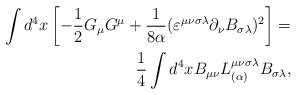
LaTeX: \begin{align*}\int d^{4} x \left[ - \frac{1}{2} G_{\mu} G^{\mu} + \frac{1}{8 \alpha} (\varepsilon^{\mu\nu\sigma\lambda} \partial_{\nu} B_{\sigma\lambda})^{2} \right] = \\ \frac{1}{4} \int d^{4} x B_{\mu\nu} L^{\mu\nu\sigma\lambda}_{(\alpha)} B_{\sigma\lambda},\end{align*}